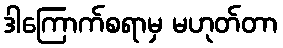
ဒါကြောက်စရာမှ မဟုတ်တာ